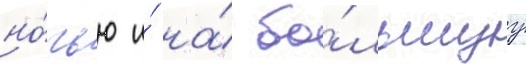
но́чью и́ на́ бо́льшуу